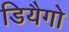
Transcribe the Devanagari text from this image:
डियैगो